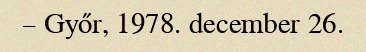
– Győr, 1978. december 26.